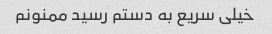
خیلی سریع به دستم رسید ممنونم